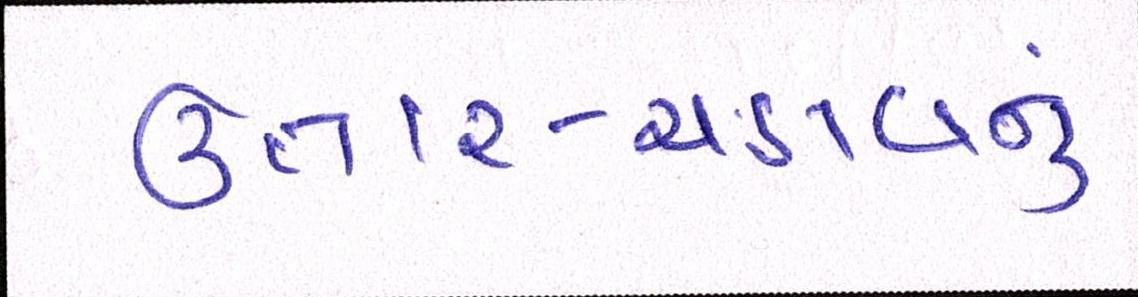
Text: ઉતાર-ચડાવનું